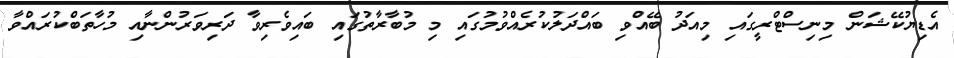
އެޑިޔުކޭޝަން މިނިސްޓްރީގައި މިއަދު ބޭއްވި ބައްދަލުކުރެއްވުމުގައި މި މުބާރާތުގައި ބައިވެރިވާ ދަރިވަރުންނާއި މުހާތަބްކުރައްވާ